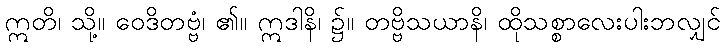
ဣတိ၊ သို့။ ဝေဒိတဗ္ဗံ၊ ၏။ ဣဒါနိ၊ ၌။ တဗ္ဗိသယာနိ၊ ထိုသစ္စာလေးပါးဘလျှင်